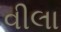
વીલા